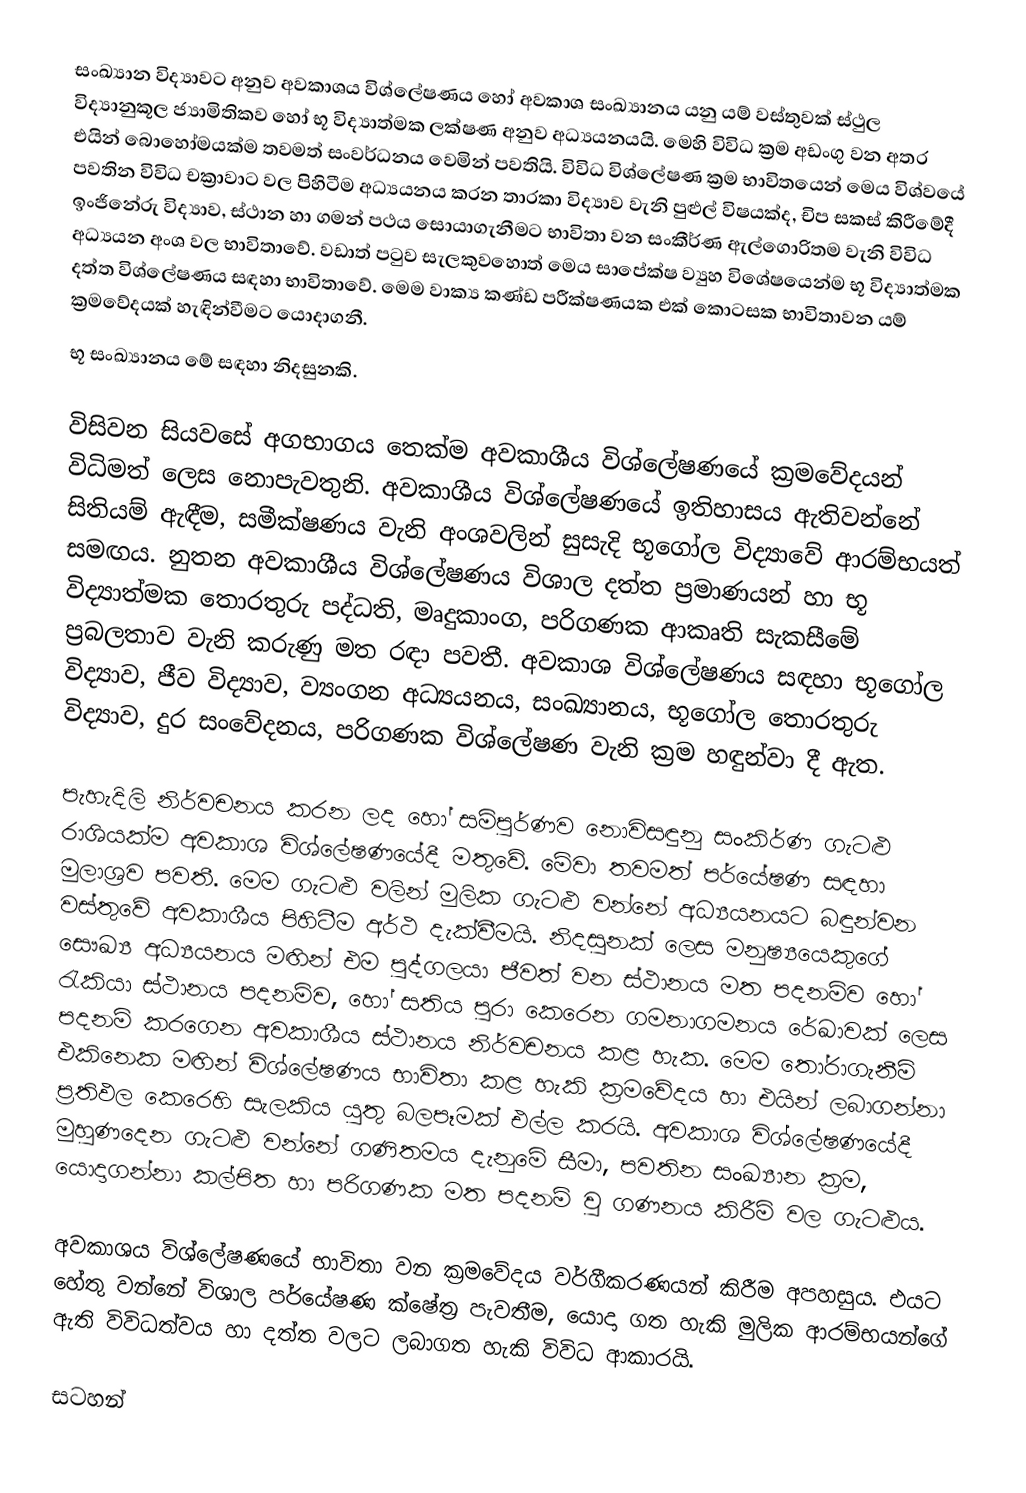
සංඛ්‍යාන විද්‍යාවට අනුව අවකාශය විශ්ලේෂණය හෝ අවකාශ සංඛ්‍යානය යනු යම් වස්තුවක් ස්ථුල විද්‍යානුකූල ජ්‍යාමිතිකව හෝ භූ විද්‍යාත්මක ලක්ෂණ අනුව අධ්‍යයනයයි. මෙහි විවිධ ක්‍රම අඩංගු වන අතර එයින් බොහෝමයක්ම තවමත් සංවර්ධනය වෙමින් පවතියි. විවිධ වි‍ශ්ලේෂණ ක්‍රම භාවිතයෙන් මෙය විශ්වයේ පවතින විවිධ චක්‍රාවාට වල පිහිටීම අධ්‍යයනය කරන තාරකා විද්‍යාව වැනි පුළුල් විෂයක්ද, චිප සකස් කිරීමේදී ඉංජිනේරු විද්‍යාව, ස්ථාන හා ගමන් පථය සොයාගැනීමට භාවිතා වන සංකීර්ණ ඇල්ගොරිතම වැනි විවිධ අධ්‍යයන අංශ වල භාවිතාවේ. වඩාත් පටුව සැලකුවහොත් මෙය සාපේක්ෂ ව්‍යුහ විශේෂයෙන්ම භූ විද්‍යාත්මක දත්ත විශ්ලේෂණය සඳහා භාවිතාවේ. මෙම වාක්‍ය කණ්ඩ පරීක්ෂණයක එක් කොටසක භාවිතාවන යම් ක්‍රමවේදයක් හැඳින්වීමට යොදාගනී.
භූ සංඛ්‍යානය මේ සඳහා නිදසුනකි.

විසිවන සියවසේ අගභාගය තෙක්ම අවකාශීය විශ්ලේෂණයේ ක්‍රමවේදයන් විධිමත් ලෙස නොපැවතුනි. අවකාශීය විශ්ලේෂණයේ ඉතිහාසය ඇතිවන්නේ සිතියම් ඇඳීම, සමීක්ෂණය වැනි අංශවලින් සුසැදි  භූගෝල විද්‍යාවේ ආරම්භයත් සමඟය. නුතන අවකාශීය විශ්ලේෂණය විශාල දත්ත ප්‍රමාණයන් හා භූ විද්‍යාත්මක තොරතුරු පද්ධති, මෘදුකාංග, පරිගණක ආකෘති සැකසීමේ ප්‍රබලතාව වැනි කරුණු මත රඳා පවතී. අවකාශ විශ්ලේෂණය සඳහා  භූගෝල විද්‍යාව, ජීව විද්‍යාව, ව්‍යංගන අධ්‍යයනය, සංඛ්‍යානය, භූගෝල තොරතුරු විද්‍යාව, දුර සංවේදනය, පරිගණක විශ්ලේෂණ වැනි ක්‍රම හඳුන්වා  දී ඇත.

පැහැදිලි නිර්වචනය කරන ලද හෝ සම්පුර්ණව නොවිසඳුනු සංකිර්ණ ගැටළු රාශියක්ම අවකාශ විශ්‍ලේෂණයේදී මතුවේ. මේවා තවමත් පර්යේෂණ සඳහා මුලාශ්‍රව පවතී. මෙම ගැටළු වලින් මුලික ගැටළු වන්නේ අධ්‍යයනයට බඳුන්වන වස්තුවේ අවකාශීය පිහිටීම අර්ථ දැක්වීමයි. නිදසුනක් ලෙස මනුෂ්‍යයෙකුගේ සෞඛ්‍ය අධ්‍යයනය මඟින් එම පුද්ගලයා ජීවත් වන ස්ථානය මත පදනම්ව හෝ රැකියා ස්ථානය පදනම්ව, හෝ සතිය පුරා කෙරෙන ගමනාගමනය රේඛාවක් ලෙස පදනම් කරගෙන අවකාශීය ස්ථානය නිර්වචනය කළ හැක. මෙම තෝරාගැනීම් එකිනෙක මඟින් විශ්ලේෂණය භාවිතා කළ හැකි ක්‍රමවේදය හා එයින් ලබාගන්නා ප්‍රතිඵල කෙරෙහි සැලකිය යුතු බලපෑමක් එල්ල කරයි. අවකාශ විශ්ලේෂණයේදී මුහුණදෙන ගැටළු වන්නේ ගණිතමය දැනුමේ සීමා, පවතින සංඛ්‍යාන ක්‍රම, යොදාගන්නා කල්පිත හා පරිගණක මත පදනම් වු ගණනය කිරීම් වල ගැටළුය.

අවකාශය විශ්ලේෂණයේ භාවිතා වන ක්‍රමවේදය වර්ගීකරණයන් කිරීම අපහසුය. එයට හේතු වන්නේ විශාල පර්යේෂණ ක්ෂේත්‍ර පැවතීම, යොදා ගත හැකි මුලික ආරම්භයන්ගේ ඇති විවිධත්වය හා දත්ත වලට ලබාගත හැකි විවිධ ආකාරයි.

සටහන්